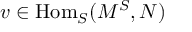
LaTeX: v \in { \mathrm { H o m } } _ { S } ( M ^ { S } , N )